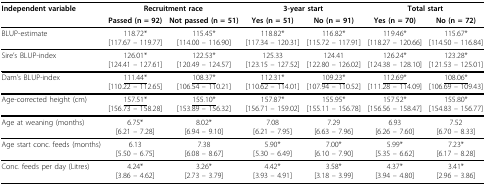
<table><thead><tr><td><b>Independent variable</b></td><td colspan="2"><b>Recruitment race</b></td><td colspan="2"><b>3-year start</b></td><td colspan="2"><b>Total start</b></td></tr><tr><td></td><td><b>Passed (n = 92)</b></td><td><b>Not passed (n = 51)</b></td><td><b>Yes (n = 51)</b></td><td><b>No (n = 91)</b></td><td><b>Yes (n = 70)</b></td><td><b>No (n = 72)</b></td></tr></thead><tbody><tr><td>BLUP-estimate</td><td>118.72*[117.67 - 119.77]</td><td>115.45*[114.00 - 116.90]</td><td>118.82*[117.34 - 120.31]</td><td>116.82*[115.72 - 117.91]</td><td>119.46*[118.27 - 120.66]</td><td>115.67*[114.50 - 116.84]</td></tr><tr><td>Sire&#x27;s BLUP-index</td><td>126.01*[124.41 - 127.61]</td><td>122.53*[120.49 - 124.57]</td><td>125.33[123.15 - 127.52]</td><td>124.41[122.80 - 126.02]</td><td>126.24*[124.38 - 128.10]</td><td>123.28*[121.53 - 125.01]</td></tr><tr><td>Dam&#x27;s BLUP-index</td><td><underline>111.44*</underline>[110.22 - 112.65]</td><td><underline>108.37*</underline>[106.54 - 110.21]</td><td><underline>112.31*</underline>[110.62 - 114.01]</td><td><underline>109.23*</underline>[107.94 - 110.52]</td><td><underline>112.69*</underline>[111.28 - 114.09]</td><td><underline>108.06*</underline>[106.69 - 109.43]</td></tr><tr><td>Age-corrected height (cm)</td><td><underline>157.51*</underline>[156.73 - 158.28]</td><td><underline>155.10*</underline>[153.89 - 156.32]</td><td>157.87*[156.71 - 159.02]</td><td>155.95*[155.11 - 156.78]</td><td>157.52*[156.56 - 158.47]</td><td>155.80*[154.83 - 156.77]</td></tr><tr><td>Age at weaning (months)</td><td>6.75*[6.21 - 7.28]</td><td>8.02*[6.94 - 9.10]</td><td>7.08[6.21 - 7.95]</td><td>7.29[6.63 - 7.96]</td><td>6.93[6.26 - 7.60]</td><td>7.52[6.70 - 8.33]</td></tr><tr><td>Age start conc. feeds (months)</td><td>6.13[5.50 - 6.75]</td><td>7.38[6.08 - 8.67]</td><td>5.90*[5.30 - 6.49]</td><td>7.00*[6.10 - 7.90]</td><td>5.99*[5.35 - 6.62]</td><td>7.23*[6.17 - 8.28]</td></tr><tr><td>Conc. feeds per day (Litres)</td><td>4.24*[3.86 - 4.62]</td><td>3.26*[2.73 - 3.79]</td><td>4.42*[3.93 - 4.91]</td><td>3.58*[3.18 - 3.99]</td><td>4.37*[3.94 - 4.80]</td><td>3.41*[2.96 - 3.86]</td></tr></tbody></table>